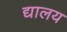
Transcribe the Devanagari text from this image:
द्यालय